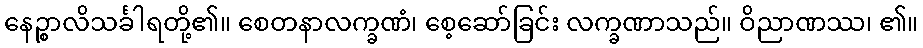
နေဉ္စာလိသင်္ခါရတို့၏။ စေတနာလက္ခဏံ၊ စေ့ဆော်ခြင်း လက္ခဏာသည်။ ဝိညာဏဿ၊ ၏။